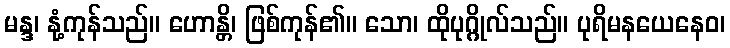
မန္ဒ၊ နုံ့ကုန်သည်။ ဟောန္တိ၊ ဖြစ်ကုန်၏။ သော၊ ထိုပုဂ္ဂိုလ်သည်။ ပုရိမနယေနေဝ၊